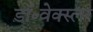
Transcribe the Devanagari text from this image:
डॉ॰वेक्स्लर